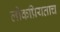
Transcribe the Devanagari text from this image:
लोकप्रियताच